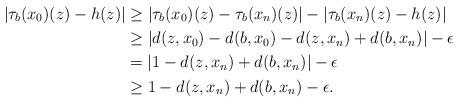
LaTeX: \begin{align*} |\tau_b(x_0)(z)-h(z)| &\geq |\tau_b(x_0)(z)-\tau_b(x_n)(z)|-|\tau_b(x_n)(z)-h(z)|\\ &\geq |d(z,x_0) -d(b,x_0) -d(z,x_n)+d(b,x_n)| -\epsilon\\ &= |1-d(z,x_n)+d(b,x_n)|-\epsilon\\ &\geq 1-d(z,x_n)+d(b,x_n)-\epsilon. \end{align*}